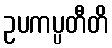
ဥပကပ္ပတီတိ